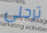
ترحلى